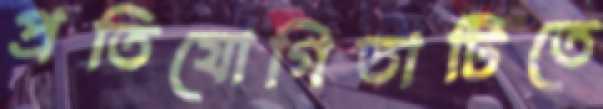
প্রতিযোগিতাটিতে